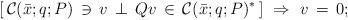
LaTeX: \begin{align*} \left[ \, {\cal C}(\bar{x};q;P) \, \ni \, v \, \perp \, Qv \, \in \, {\cal C}(\bar{x};q;P)^* \, \right] \ \Rightarrow \ v \, = \, 0;\end{align*}